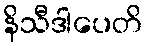
နိသီဒါပေတိ